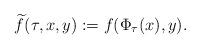
LaTeX: \begin{align*}\widetilde{f}(\tau,x,y):=f(\Phi_{\tau}(x),y).\end{align*}